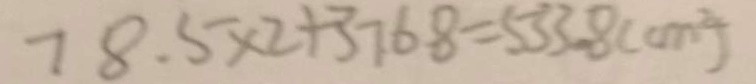
7 8 . 5 \times 2 + 3 7 . 6 8 = 5 3 3 . 8 ( c m ^ { 2 } )